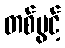
တစ်ပွင့်